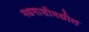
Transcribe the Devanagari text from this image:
मधमाशीमधील